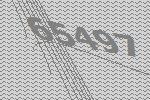
65497